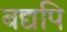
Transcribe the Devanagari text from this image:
बद्यपि